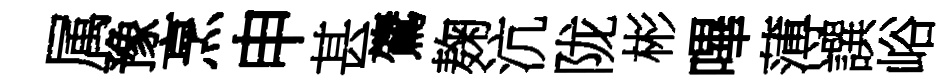
属豫烹申甚鷟麹沆陇彬嗶薄譔峪